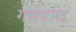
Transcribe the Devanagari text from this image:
गर्भवृद्धि